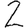
Digit: 2